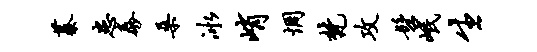
蓁患泰桑冰峭惆梵攻髫岷生